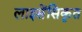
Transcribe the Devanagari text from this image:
लाइसेंसिकृत